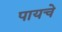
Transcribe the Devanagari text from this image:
पायचे